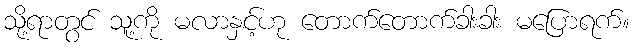
သို့ရာတွင် သူ့ကို မလာနှင့်ဟု တောက်တောက်ခါးခါး မပြောရက်။